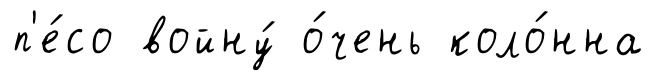
п'е́со войну́ о́чень коло́нна